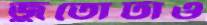
জুতোটাও